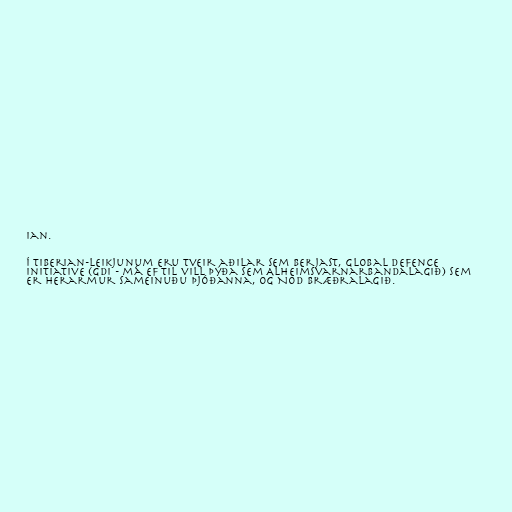
ian.

Í Tiberian-leikjunum eru tveir aðilar sem berjast, Global Defence
Initiative (GDI - má ef til vill þýða sem Alheimsvarnarbandalagið) sem
er herarmur Sameinuðu þjóðanna, og Nod bræðralagið.